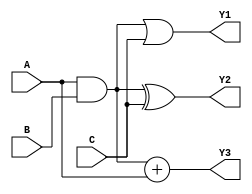
module CombinationalLogicBlock (
    input  wire [3:0] A,      // 4-bit input signal A
    input  wire [3:0] B,      // 4-bit input signal B
    input  wire [3:0] C,      // 4-bit input signal C
    output wire [3:0] Y1,     // Output signal Y1
    output wire [3:0] Y2,     // Output signal Y2
    output wire [3:0] Y3      // Output signal Y3
);

// Shared logic block
wire [3:0] shared_logic_out;
assign shared_logic_out = A & B; // Example shared operation (AND)

// Output logic for Y1
assign Y1 = shared_logic_out | C; // Y1 combines shared logic with C

// Output logic for Y2
assign Y2 = shared_logic_out ^ C; // Y2 combines shared logic with C using XOR

// Output logic for Y3
assign Y3 = shared_logic_out + A; // Y3 combines shared logic with A using addition

endmodule